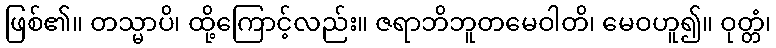
ဖြစ်၏။ တသ္မာပိ၊ ထို့ကြောင့်လည်း။ ဇရာဘိဘူတမေဝါတိ၊ မေဝဟူ၍။ ဝုတ္တံ၊